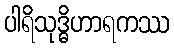
ပါရိသုဒ္ဓိဟာရကဿ